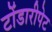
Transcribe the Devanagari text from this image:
टोंडारीपेट